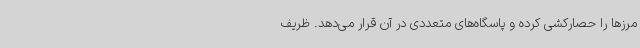
مرزها را حصارکشی کرده و پاسگاه‌های متعددی در آن قرار می‌دهد. ظریف